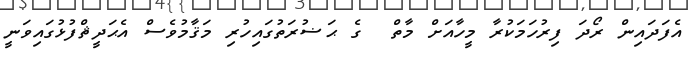
އެފަދައިން ރޯދަ ފިރުހަމަކުރާ މީހާއަށް މާތް  ގެ ޙަޟުރަތުގައިހުރި މަޤާމުވެސް އެޙަދީޘްފުޅުގައިވަނީ